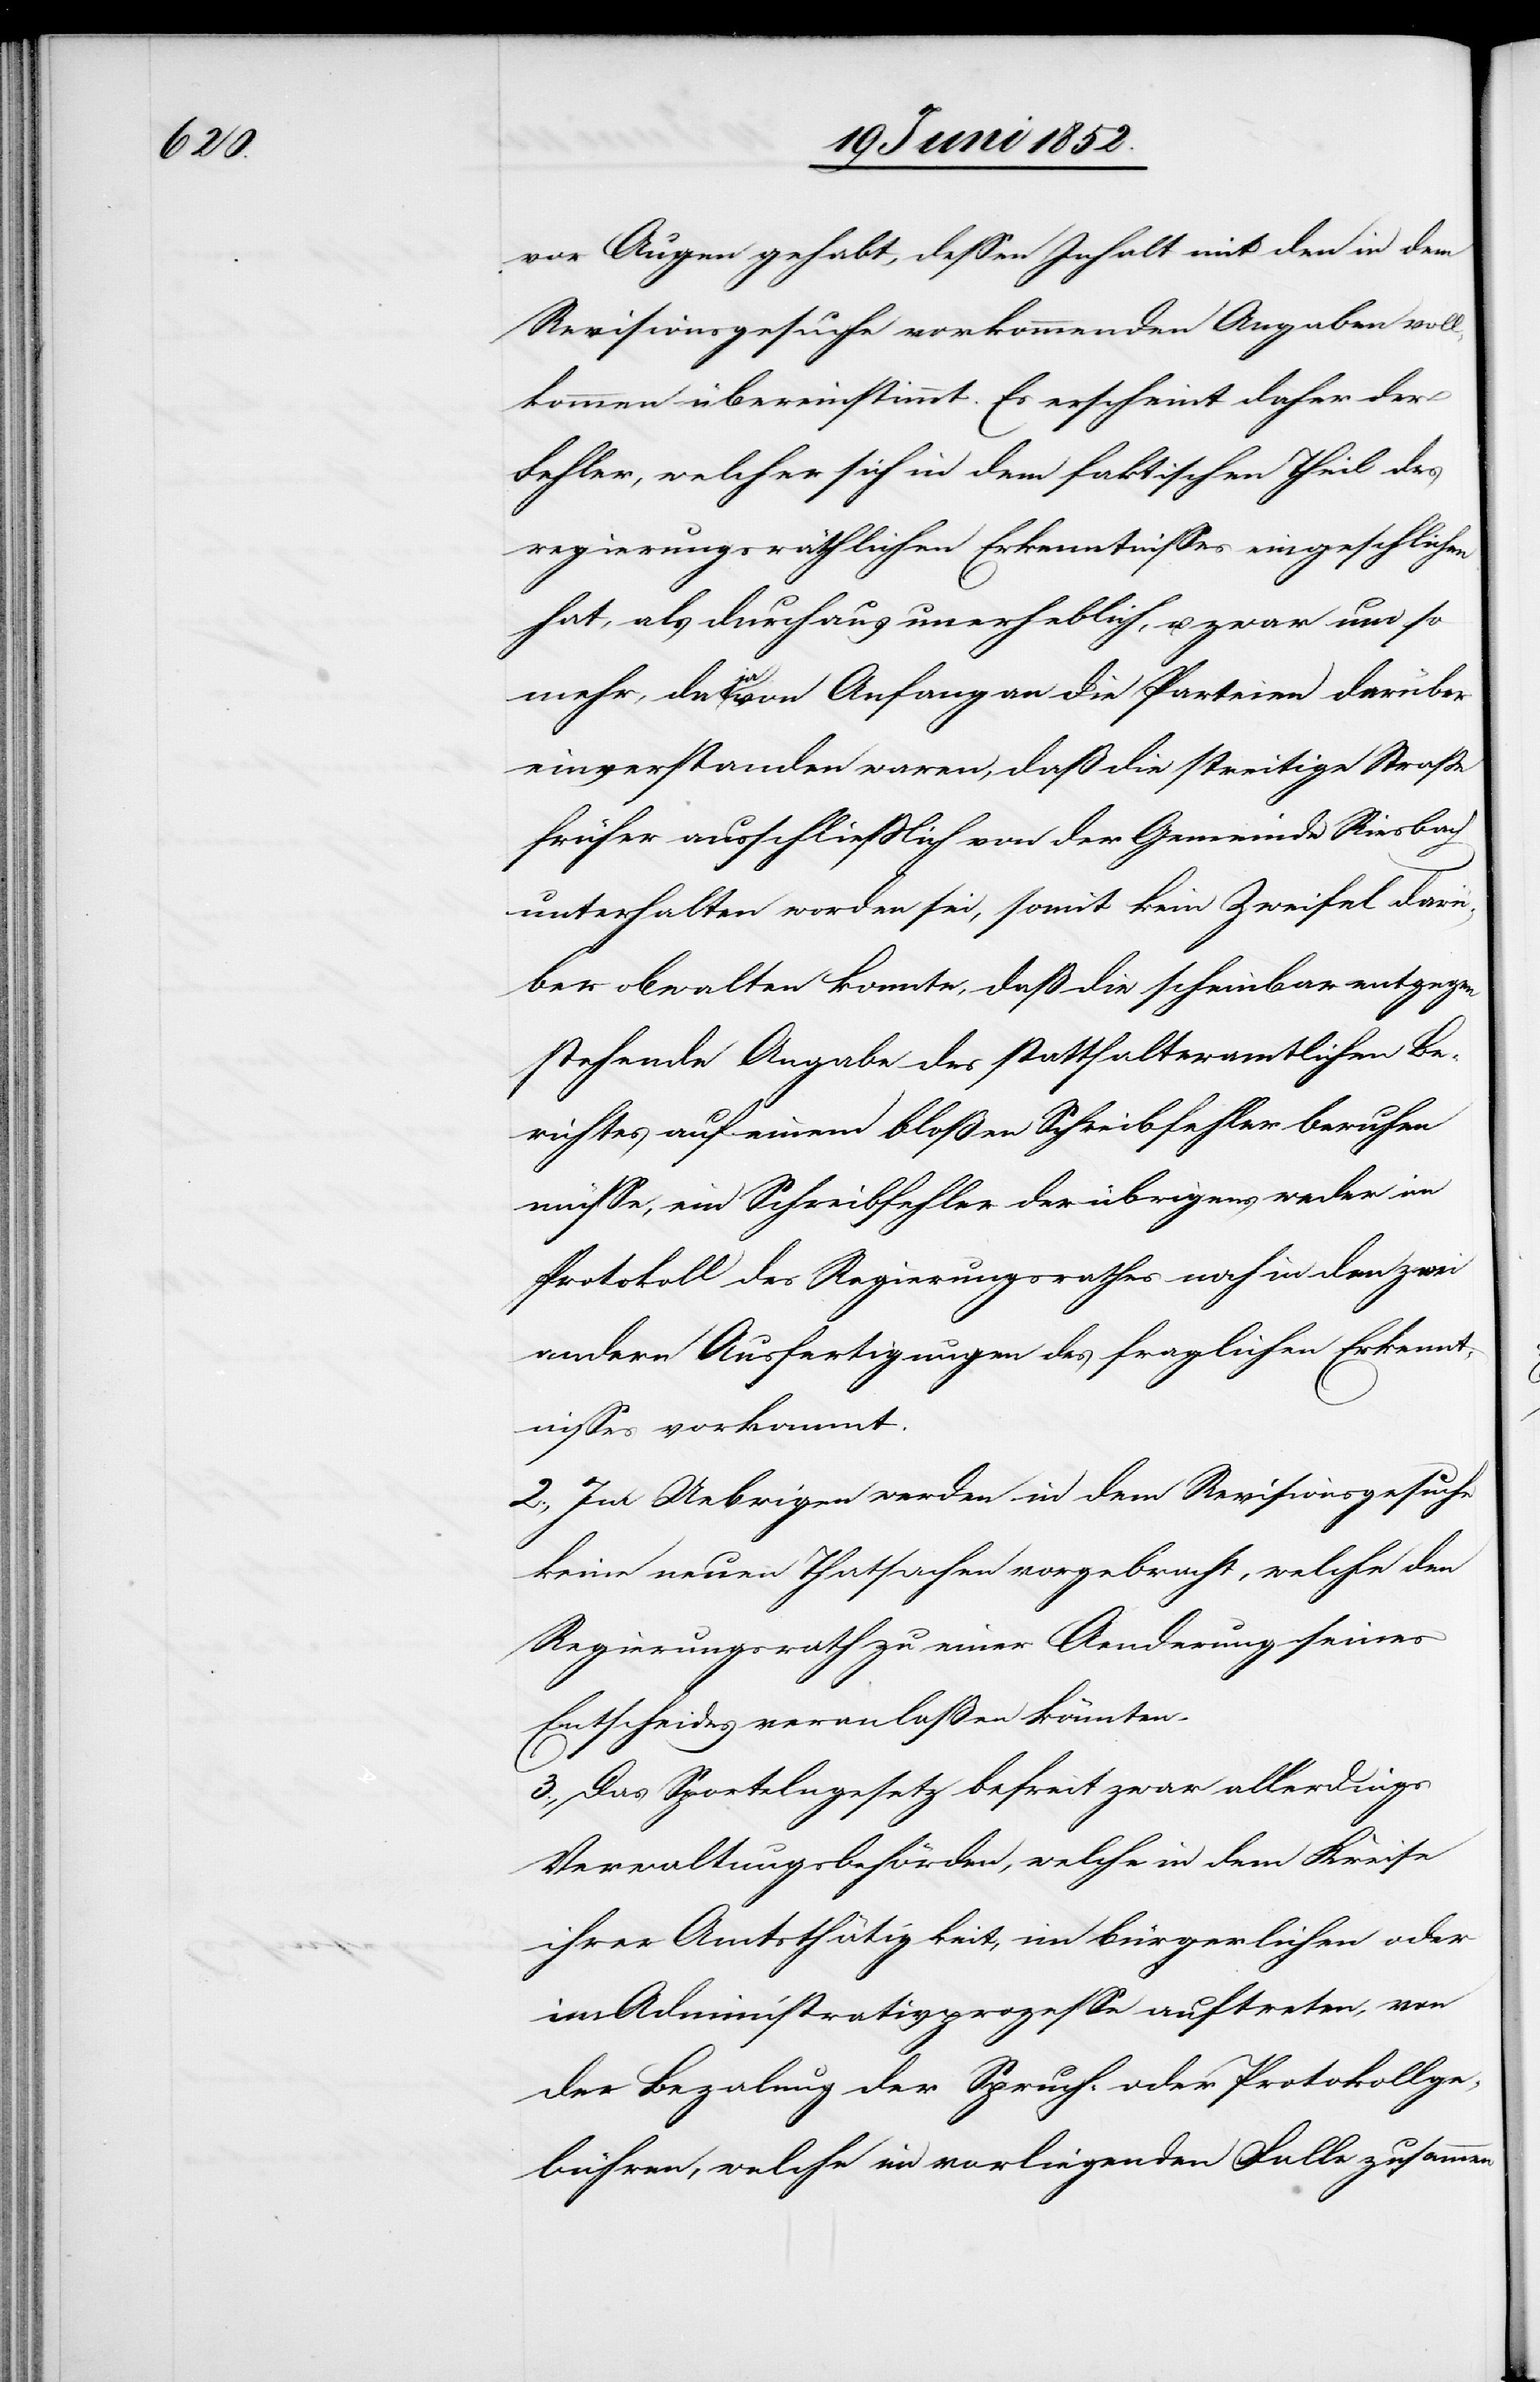
vor Augen gehabt, dessen Inhalt mit den in dem
Revisionsgesuche vorkommenden Angaben vol¬
lkommen übereinstimmt. Es erscheint daher der
Fehler, welcher sich in dem faktischen Theil des
regierungsräthlichen Erkenntnisses eingeschlichen
hat, als durchaus unerheblich, u. zwar um so
mehr, da ja von Anfang an die Parteien darüber
einverstanden waren, daß die streitige Strasse
früher ausschliesslich von der Gemeinde Riesbach
unterhalten worden sei, somit kein Zweifel dar¬
über obwalten konnte, daß die scheinbar entgegen
stehende Angabe des statthalteramtlichen Be¬
richtes auf einem bloßen Schreibfehler beruhen
müsse, ein Schreibfehler der übrigens weder im
Protokoll des Regierungsrathes noch in den zwei
andern Ausfertigungen des fraglichen Erkennt¬
nisses vorkommt.
2., Im Uebrigen werden in dem Revisionsgesuche
keine neuen Thatsachen vorgebracht, welche den
Regierungsrath zu einer Aenderung seines
Entscheides veranlaßen könnten.
3., Das Sportelngesetz befreit zwar allerdings
Verwaltungsbehörden, welche in dem Kreise
ihrer Amtsthätigkeit, im bürgerlichen oder
im Administrativprozesse auftreten, von
der Beza[h]lung der Spruch- oder Protokollge¬
bühren, welche im vorliegenden Falle zusammen